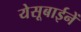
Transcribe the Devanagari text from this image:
येसूबाईनें